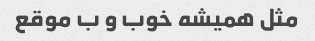
مثل همیشه خوب و ب موقع